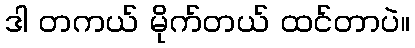
ဒါ တကယ် မိုက်တယ် ထင်တာပဲ။